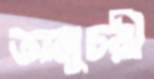
অনুচরী